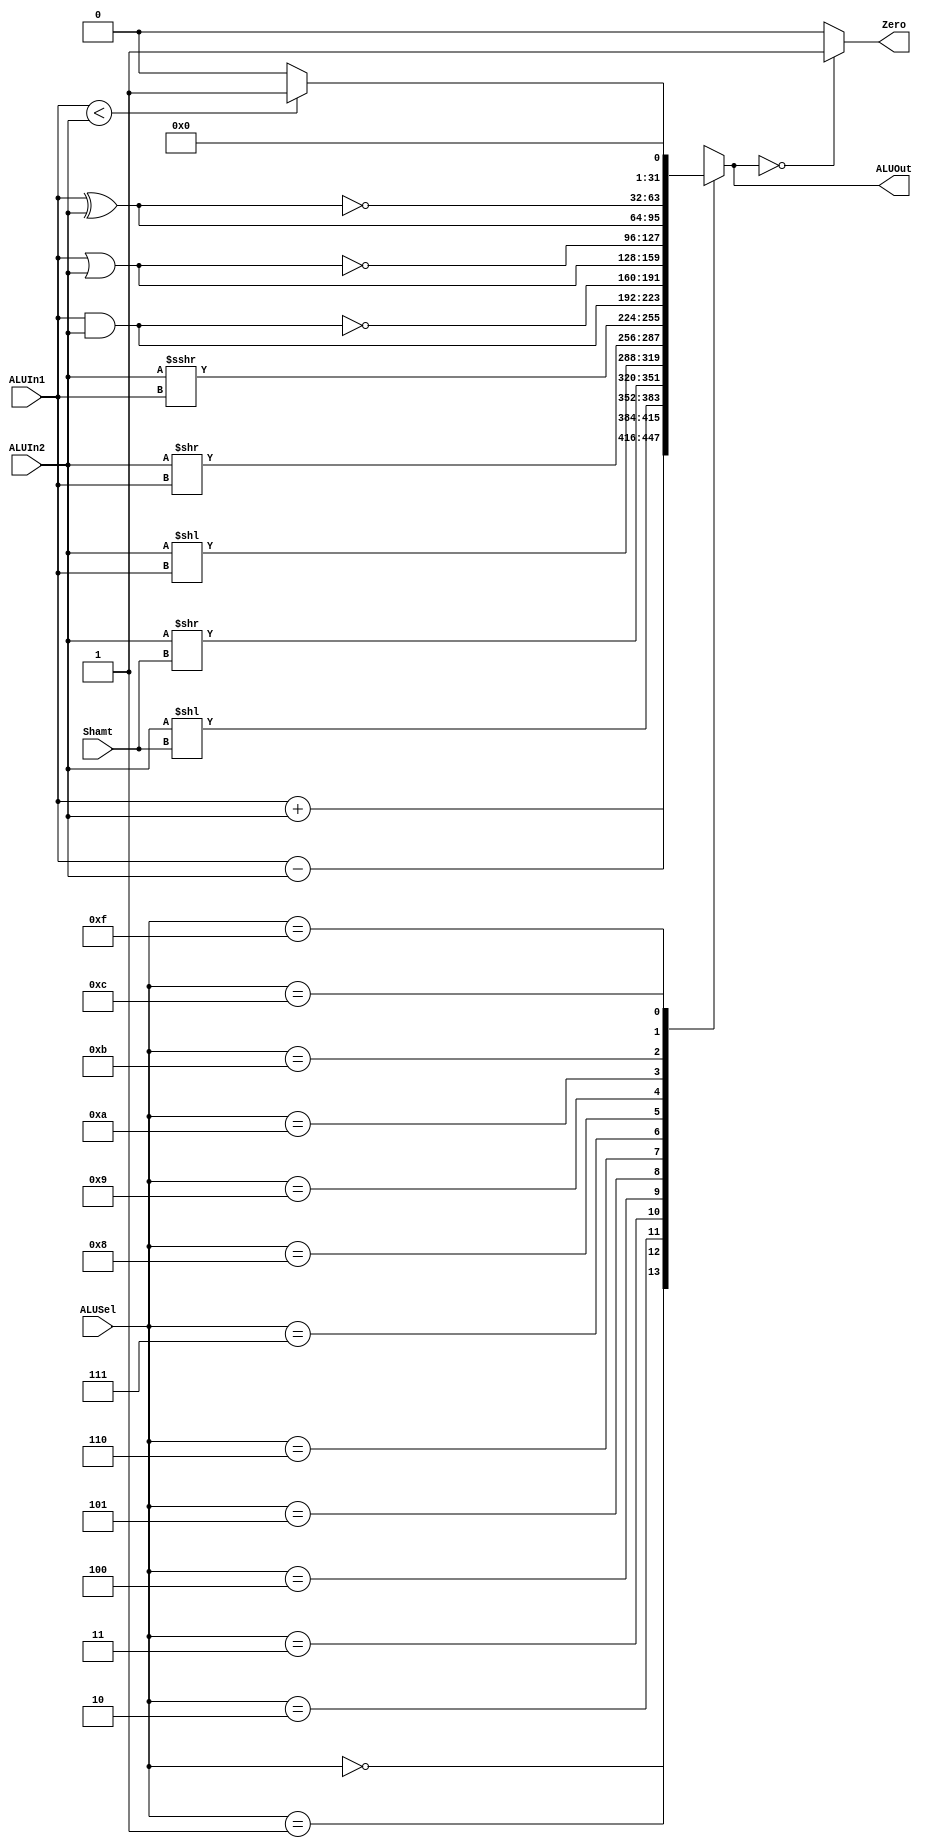
`timescale 1ns / 1ps

module ArithmeticLogicUnit #(parameter AWL = 6, DWL = 32, DEPTH = 2**AWL)
                            (input [DWL-1:0] ALUIn1, ALUIn2,
                             input [AWL-2:0] Shamt,
                             input [AWL-3:0] ALUSel,
                             output reg Zero,
                             output reg [DWL-1:0] ALUOut);

    always @ (*) begin
        case (ALUSel)
            4'b0000: // Addition
                ALUOut = ALUIn1 + ALUIn2;
            4'b0001: // Subtraction
                ALUOut = ALUIn1 - ALUIn2;
            4'b0010: // SLL
                ALUOut = ALUIn2 << Shamt;
            4'b0011: // SRL
                ALUOut = ALUIn2 >> Shamt;
            4'b0100: // SLLV
                ALUOut = ALUIn2 << ALUIn1;
            4'b0101: // SRLV
                ALUOut = ALUIn2 >> ALUIn1;
            4'b0110: // SRAV
                ALUOut = ALUIn2 >>> ALUIn1;
            4'b0111: // Bitwise AND
                ALUOut = ALUIn1 & ALUIn2;
            4'b1000: // Bitwise NAND
                ALUOut = ~(ALUIn1 & ALUIn2);
            4'b1001: // Bitwise OR
                ALUOut = ALUIn1 | ALUIn2;
            4'b1010: // Bitwise NOR
                ALUOut = ~(ALUIn1 | ALUIn2);
            4'b1011: // Bitwise XOR
                ALUOut = ALUIn1 ^ ALUIn2;
            4'b1100: // Bitwise XNOR
                ALUOut = ~(ALUIn1 ^ ALUIn2);
            4'b1111: // SLT
                if (ALUIn1 < ALUIn2)
                    ALUOut = 1;
                else
                    ALUOut = 0;
            default:
                ALUOut = 32'bx;
        endcase
        if (ALUOut == 0)
            Zero = 1;
        else
            Zero = 0;
    end

endmodule